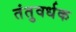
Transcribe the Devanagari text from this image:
तंतुवर्धक